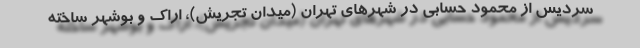
سردیس از محمود حسابی در شهرهای تهران (میدان تجریش)، اراک و بوشهر ساخته